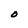
Character: O